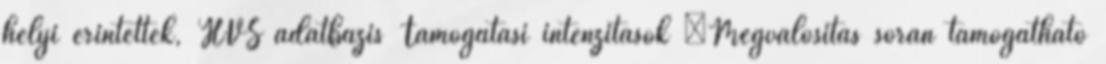
helyi érintettek, HVS adatbázis Támogatási intenzitások ▪Megvalósítás során támogatható